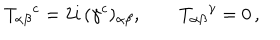
LaTeX: T _ { \alpha \beta } { } ^ { c } = 2 i \, ( \gamma ^ { c } ) _ { \alpha \beta } , \qquad T _ { \alpha \beta } { } ^ { \gamma } = 0 \, ,